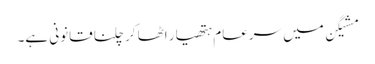
مشیگن میں سرعام ہتھیار اٹھا کر چلنا قانونی ہے۔